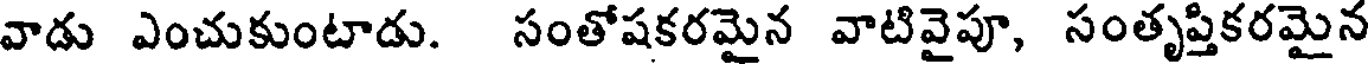
వాడు ఎంచుకుంటాడు. సంతోషకరమైన వాటివైపూ, సంతృప్తికరమైన